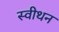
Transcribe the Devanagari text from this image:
स्वीथन